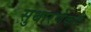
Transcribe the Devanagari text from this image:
सुधारणेकडे